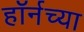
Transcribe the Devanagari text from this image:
हाॅर्नच्या